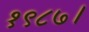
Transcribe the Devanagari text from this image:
१९८७।